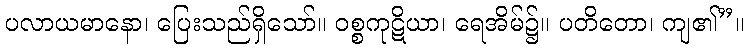
ပလာယမာနော၊ ပြေးသည်ရှိသော်။ ဝစ္စကုဋိယာ၊ ရေအိမ်၌။ ပတိတော၊ ကျ၏”။